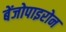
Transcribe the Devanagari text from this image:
बेंजोपाइरोन